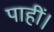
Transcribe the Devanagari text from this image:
पाहीं।